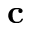
\textbf { c }